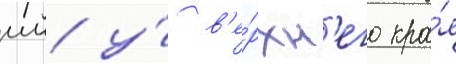
мм у́ в'е́рхн'его кра́я